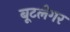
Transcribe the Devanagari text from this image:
बूटलेगर